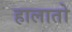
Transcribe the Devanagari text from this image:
हालातो